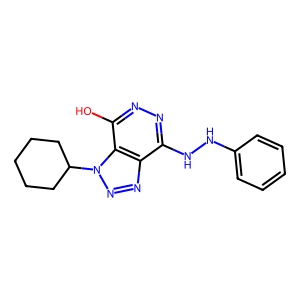
SMILES: Oc1nnc(NNc2ccccc2)c2nnn(C3CCCCC3)c12
Inhibits HIV replication: No